Statistical return of the lunatic asylum in Assam - 1912-1932
Year: 1912
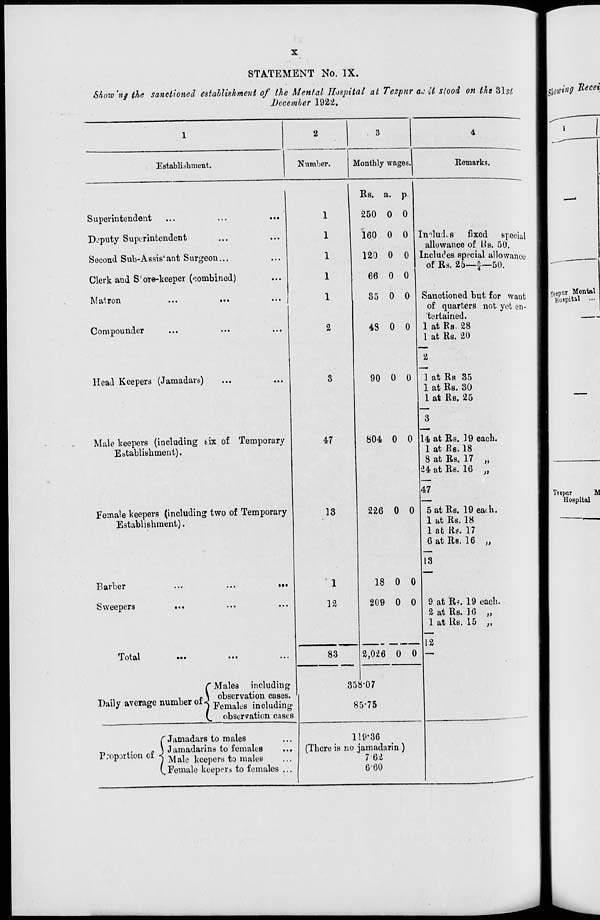
STATEMENT No. IX.
Skow'ng the sanctioned establishment of the Mental Hospital at Tezpnr ac it stood on the 31s/!
December 1922.
Establishment.
Number.
Monthly wages.
Remarks.
Superintendent
Deputy Superintendent
Second Sub-Assis'ant Surgeon...
Clerk and S'ore-keeper (combined)
Matron
Compounder
Head Keepers (Jamadars)
Male keepers (including tix of Temporary
Establishment).
Female keepers (including two of Temporary
Establishment).
Barber
Sweepers
Total
Daily average
/'Males including
,
« \ observation cases,
number of j pemakig jncludingl
(. observation cases
Proportion of
f Jamadars to males
j Jamadarins to females
1 Male keepers to males
(.Female keepers to females
3
47
18
1
12
83
Us. a. P
250 0 0
160 0 0
120 0 0
66 0 0
35 0 0
13 0 0
90 0 0
804 0 0
226 0 0
ImlucLs fixed special
allowance of tts. 50.
Includes special allowance
of Rs. 25—£—50.
Sanctioned but for want
of quarters not yet en-
tertained.
1 at Rs- 28
1 at Rs. 20
2
1 at Rs 35
1 at Rs. 80
1 at Rs. 25
14 at Rs. 19 each.
1 at Rs. 18
8 at Rs. 17
•24 at Rs. 16
>>
47
5 at Rs. 19 eath.
1 at Rs. 18
1 at Rs. 17
6 at Rs. 16
18 0 0
209 0 0
)>
13
9 at R^. 19 each.
2 at Rs. 16 „
1 at Us. 15 „
12
2,0-26 0 0 |—
358-07
85-75
119-36
(There is no jamadarin )
7 62
6-60